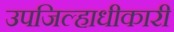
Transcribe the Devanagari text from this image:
उपजिल्हाधीकारी